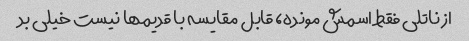
از ناتلی فقط اسمش مونده، قابل مقایسه با قدیمها نیست خیلی بد